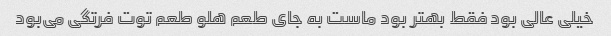
خیلی عالی بود فقط بهتر بود ماست به جای طعم هلو طعم توت فرتگی می‌بود